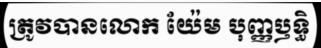
ត្រូវបានលោក យ៉ែម បុញ្ញឫទ្ធិ